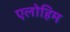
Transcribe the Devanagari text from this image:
एलोहिम